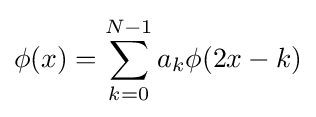
\phi (x)=\sum _{k=0}^{N-1}a_{k}\phi (2x-k)